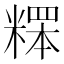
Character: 𥻸